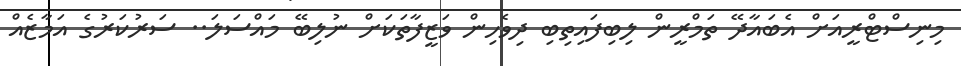
މިނިސްޓްރީއަށް އެބައާދޭ ތަމްރީން ލިބިފައިތިބި ދިވެހިން ވަޒީފާތަކަށް ނުލިބޭ މައްސަލަ.. ސަރުކަރުގެ އަމާޒެއް